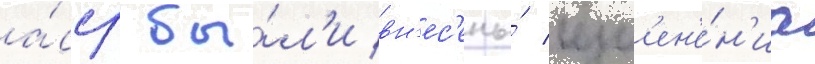
а́сср бы́л'и вн'ес'ены́ изм'ен'е́н'иа